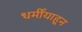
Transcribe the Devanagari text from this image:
धर्मींयाहून